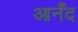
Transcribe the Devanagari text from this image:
आनँद